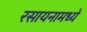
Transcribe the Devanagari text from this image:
रसायनामध्ये